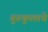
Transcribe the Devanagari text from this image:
गुरुकुलाचे